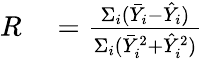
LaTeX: \begin{array}{rl}{R}&{{}=\frac{\Sigma_{i}(\bar{Y}_{i}-\hat{Y}_{i})}{\Sigma_{i}(\bar{Y}_{i}^{2}+\hat{Y}_{i}^{2})}}\end{array}